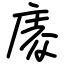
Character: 庱